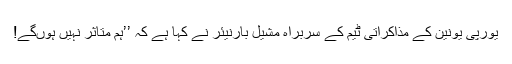
یورپی یونین کے مذاکراتی ٹیم کے سربراہ مشیل بارنیئر نے کہا ہے کہ ’’ہم متاثر نہیں ہوںگے!